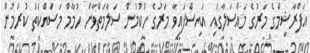
އަފްރާޝީމްގެ މަރުގެ މައްސަލާގައި އައިސްފައިވާ މަރުގެ ހުކުމުން ސަލާމަތްވާން ހުމާމް މަސައްކަތް ކުރަމުން